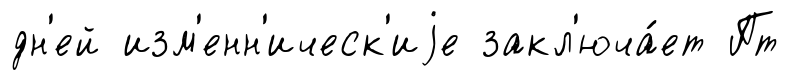
дн'ей изм'енн'ическ'иjе закл'юча́ет Пт